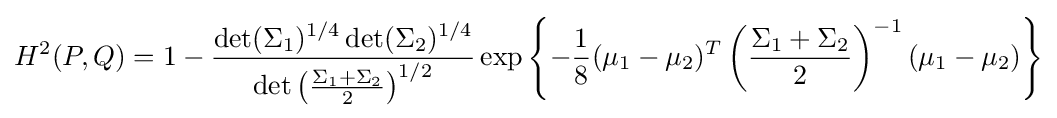
H^{2}(P,Q)=1-{\frac {\det(\Sigma _{1})^{1/4}\det(\Sigma _{2})^{1/4}}{\det \left({\frac {\Sigma _{1}+\Sigma _{2}}{2}}\right)^{1/2}}}\exp \left\{-{\frac {1}{8}}(\mu _{1}-\mu _{2})^{T}\left({\frac {\Sigma _{1}+\Sigma _{2}}{2}}\right)^{-1}(\mu _{1}-\mu _{2})\right\}